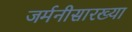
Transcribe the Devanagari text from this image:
जर्मनीसारख्या